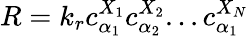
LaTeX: R=k_{r}c_{\alpha_{1}}^{X_{1}}c_{\alpha_{2}}^{X_{2}}...c_{\alpha_{1}}^{X_{N}}